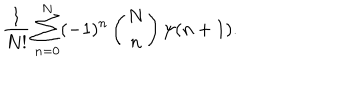
LaTeX: { \frac { 1 } { N ! } } \sum _ { n = 0 } ^ { N } ( - 1 ) ^ { n } \left( N \atop n \right) \psi ( n + 1 ) .